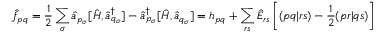
\hat { f } _ { p q } = \frac { 1 } { 2 } \sum _ { \sigma } \hat { a } _ { p _ { \sigma } } [ \hat { H } , \hat { a } _ { q _ { \sigma } } ^ { \dagger } ] - \hat { a } _ { p _ { \sigma } } ^ { \dagger } [ \hat { H } , \hat { a } _ { q _ { \sigma } } ] = h _ { p q } + \sum _ { r s } \hat { E } _ { r s } \left[ ( p q | r s ) - \frac { 1 } { 2 } ( p r | q s ) \right]